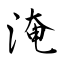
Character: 淹